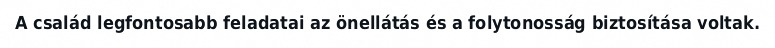
A család legfontosabb feladatai az önellátás és a folytonosság biztosítása voltak.